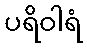
ပရိဝါရံ